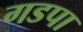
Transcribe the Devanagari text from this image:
गडपा